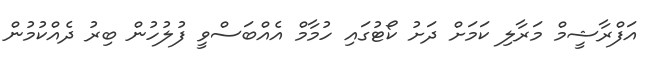
އަފްރާޝީމް މަރާލި ކަމަށް ދަށު ކޯޓުގައި ހުމާމް އެއްބަސްވީ ފުލުހުން ބިރު ދެއްކުމުން